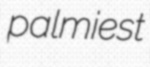
palmiest